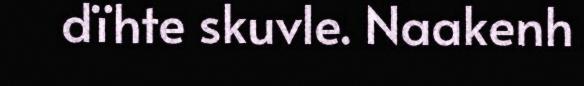
dïhte skuvle. Naakenh